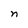
Character: n